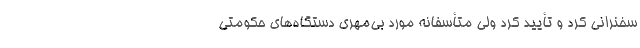
سخنرانی کرد و تأیید کرد ولی متأسفانه مورد بی‌مهری دستگاه‌های حکومتی